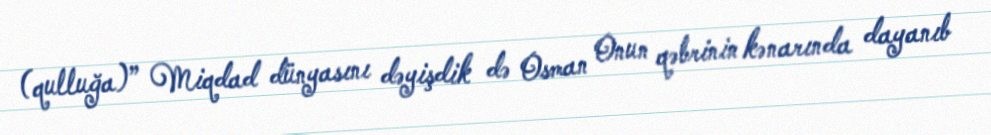
(qulluğa)” Miqdad dünyasını dəyişdik də Osman Onun qəbrinin kənarında dayanıb